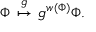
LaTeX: { \Phi } \, \stackrel { g } { \mapsto } \, g ^ { w ( { \Phi } ) } { \Phi } .